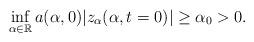
LaTeX: \begin{align*}\inf_{\alpha\in \mathbb{R}}a(\alpha,0)|z_{\alpha}(\alpha,t=0)|\geq \alpha_0>0.\end{align*}